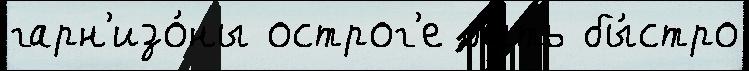
гарн'изо́ны острог'е быть бы́стро